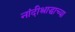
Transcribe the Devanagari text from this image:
नांदीश्राद्धाच्या